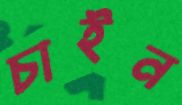
চাইন